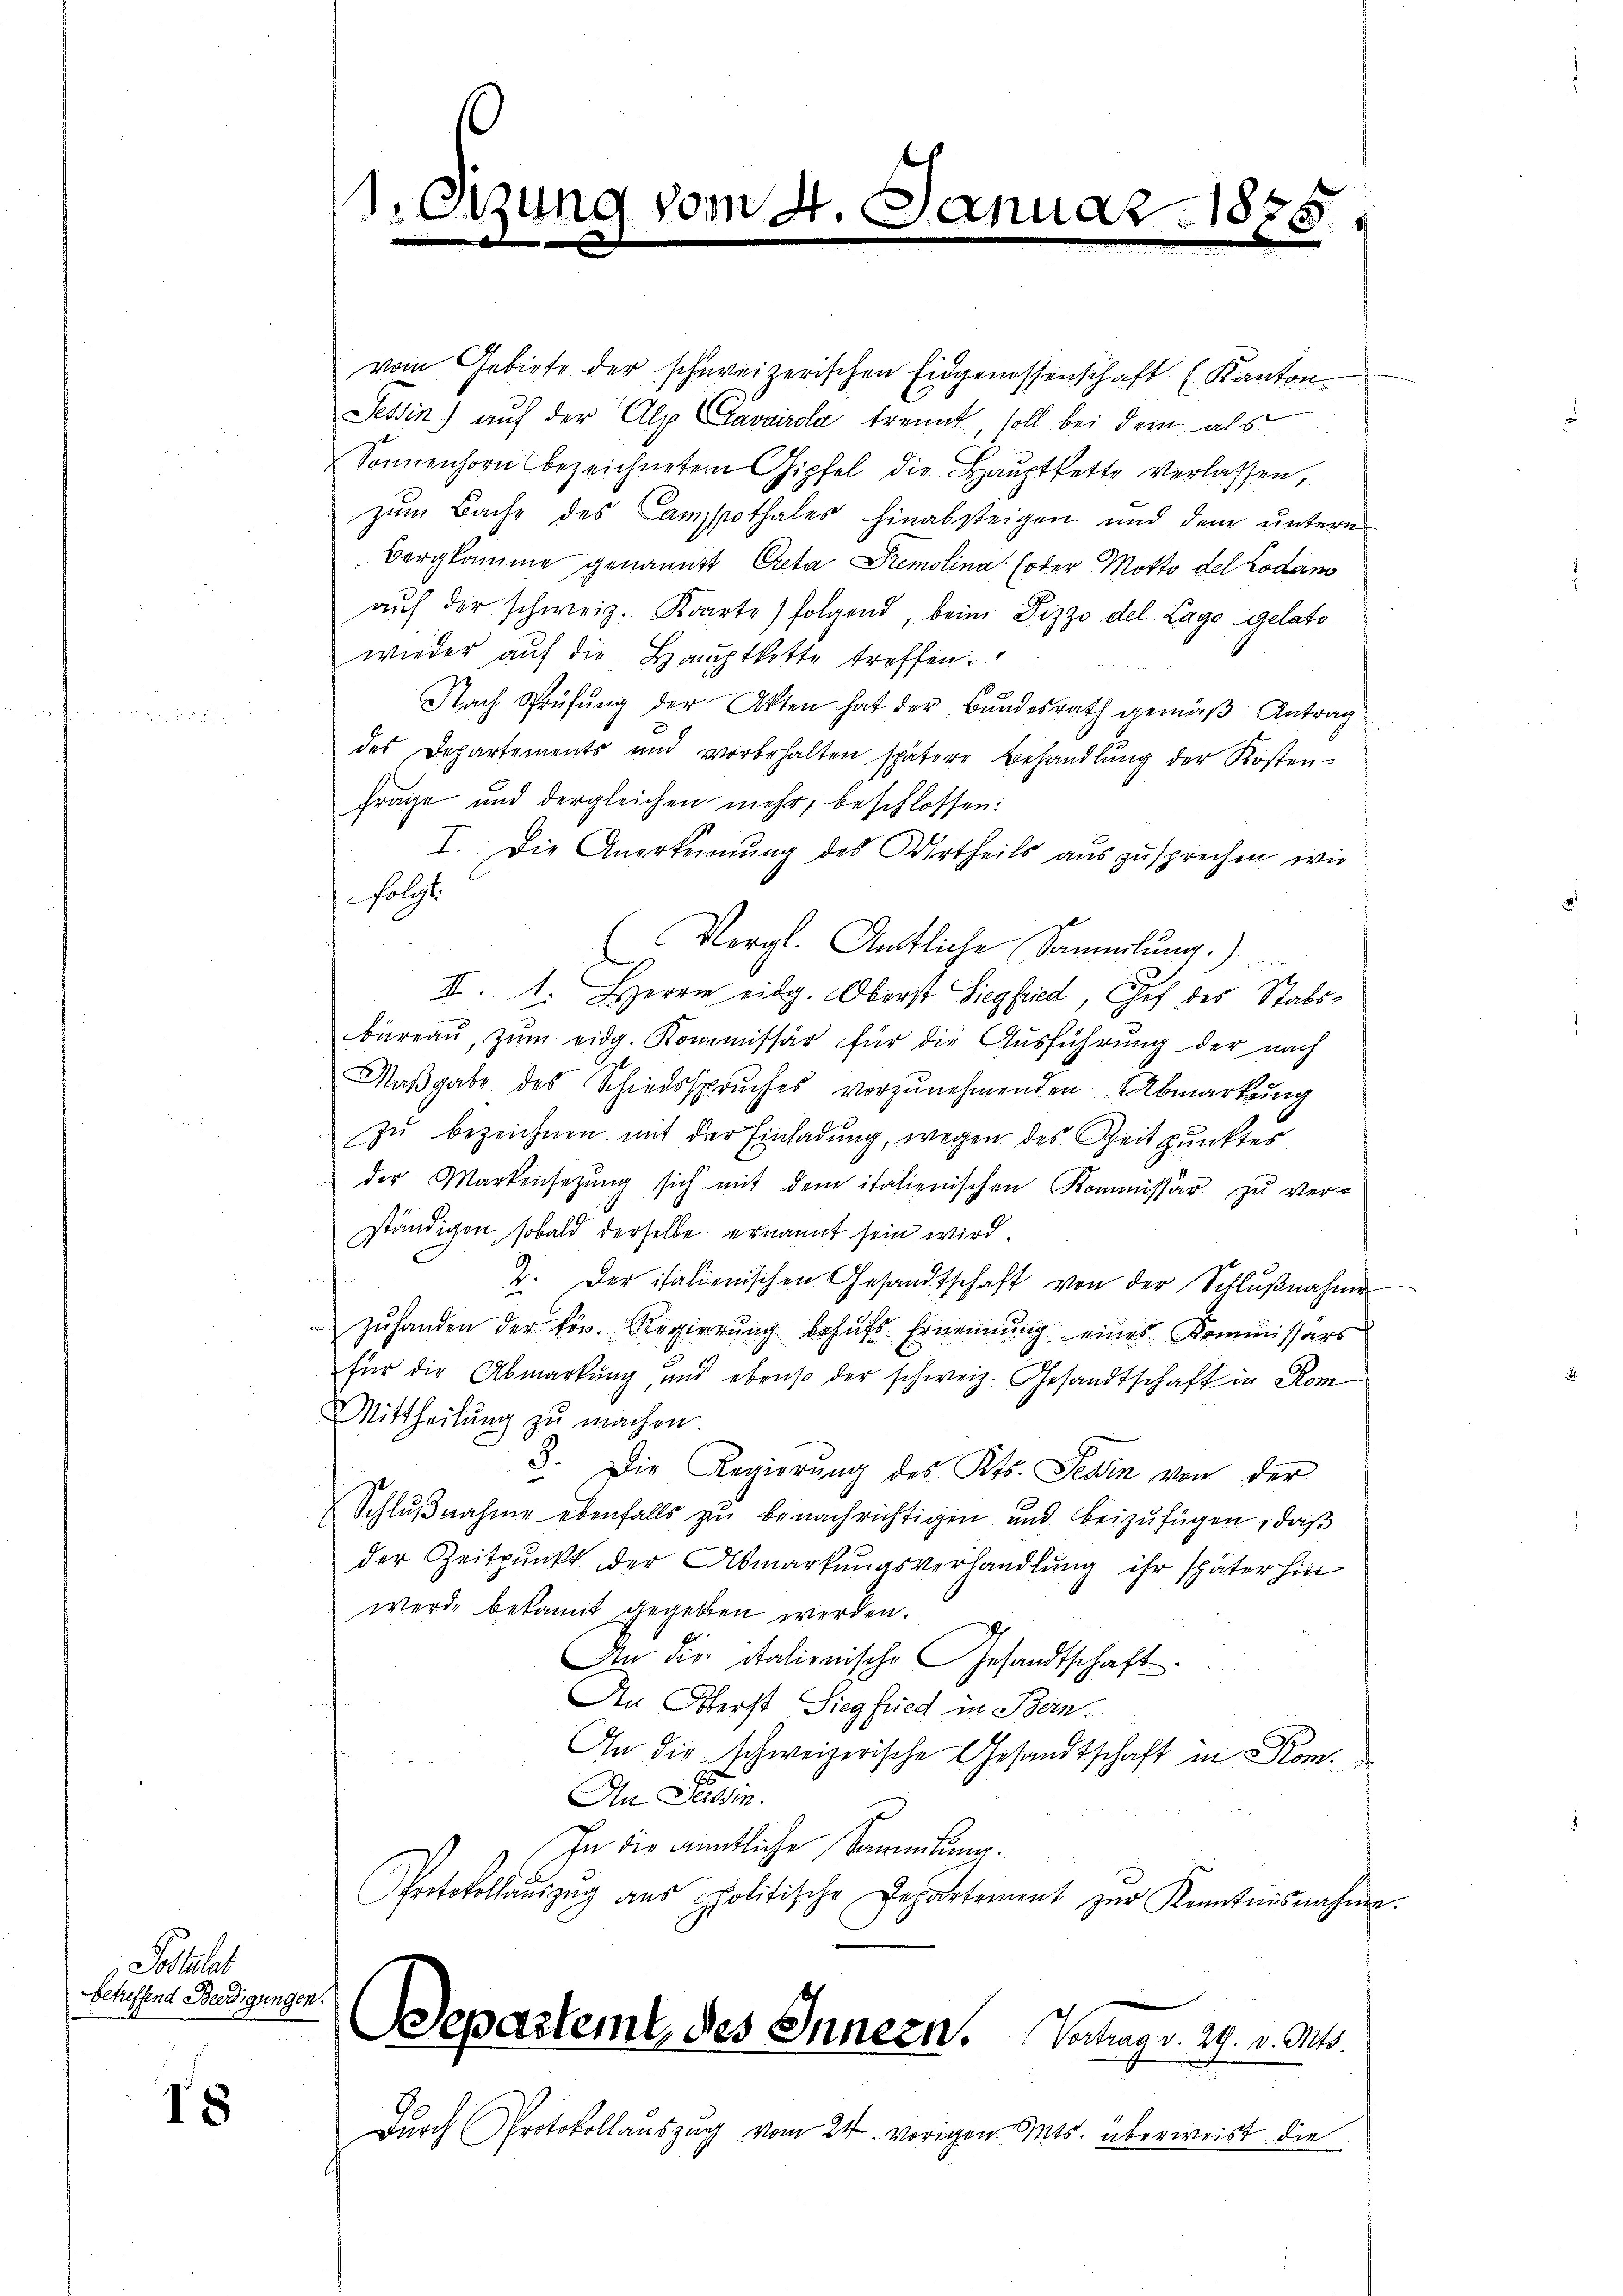
Postulat
Betreffend Berdigungen.

18

1.Otzung vom 4. Januar 1855

¬

vom Gebiete der schweizerischen Eidgenossenschaft (Kanton
Tessin) auf der Alp Cavairda trennt, soll bei dem als
Sonnenhorn bezeichnetem Gipfel die Haŭptkette verlassen,
zŭm Bache des Camppothales hinabsteigen und dem unterm
Bergkomme genannt Acta Premolina (oder Motto del Lodan
auf der schweiz. Karte) folgend, beim Pizzo del Lago gelatowieder auf die Hauptkette treffen
Nach Prüfung der Akten hat der Bundesrath gemäß Antrag
des Departements und vorbehalten spätere Behandlŭng der Kosten-
frage und dergleichen mehr, beschlossen:
I. Die Anerkennung des Urtheils auszusprechen, wie
folgt.
(Vergl. Amtliche Sammlung.)
II. 1. Herrn eidg. Oberst Siegfried, Chef des Stabsbüreau, zum eidg. Kommissär für die Ausführung der nach
Maβgabe des Schiedsspruches vorzŭnehmenden Abmarkung
zu bezeichnen mit der Einladung, wegen des Zeitpunktes
der Markensetzung sich mit dem italienischen Kommissär zu ver-
ständigen, sobald derselbe ernannt sein wird.
2. Der italienischen Gesandtschaft von der Schlŭβnahmen
zuhanden der kön. Regierung behufs Ernennung eines Kommissars
für die Abmarkung, und ebenso der schweiz. Gesandtschaft in Kom
Mittheilŭng zŭ machen.
3. Die Regierŭng des Kts. Tessin von der
Schlŭβnahme ebenfalls zŭ benachrichtigen und beizufügen, daβ
der Zeitpunkt der Abmarkungsverhandlung ihr später hinwerde bekannt gegeben werden.
Im die Italienische Gesandtschaft.
An Otterst Siegfried in Stein.
An die schweizerische Gesandtschaft in Kom
An Stein.
In die amtliche Sammlung.
Protokollaŭszŭg aŭs politische Departement zŭr Kenntnisnahme.
Departemt, des Innern. Vorlags. 29. v. Mts.
Durch Protokollauszug vom 24. vorigen Mts. überweist die